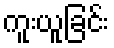
ကူးယူခြင်း